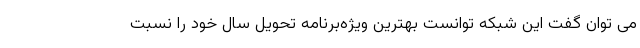
می توان گفت این شبکه توانست بهترین ویژه‌برنامه تحویل سال خود را نسبت